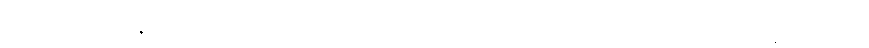
မောဟတို့ရှိကုန်၏။ တံပုဂ္ဂလံ၊ ထိုလောဘဒိဋ္ဌိ မောဟ ရှိသော ပုဂ္ဂိုလ်သည်။ ဝဋ္ဋသ္မိံ၊ ဝဋ်တရား၌။